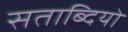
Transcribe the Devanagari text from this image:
सताब्दियो